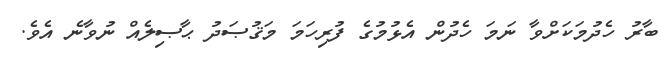
ބާރު ހެދުމަކަށްވާ ނަމަ ހެދުން އެޅުމުގެ ފުރިހަމަ މަޤުޞަދު ޙާޞިލެއް ނުވާނެ އެވެ.